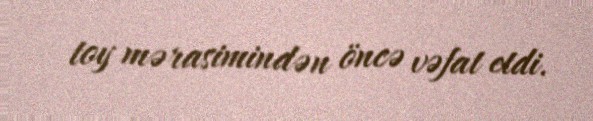
toy mərasimindən öncə vəfat etdi.